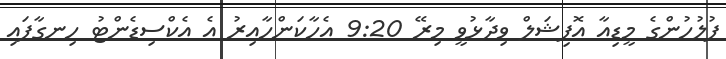
ފުލުހުންގެ މީޑިއާ އޮފިޝަލް ވިދާޅުވީ މިރޭ 9:20 އެހާކަންހާއިރު އެ އެކްސިޑެންޓު ހިނގާފައި